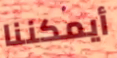
أيمكننا